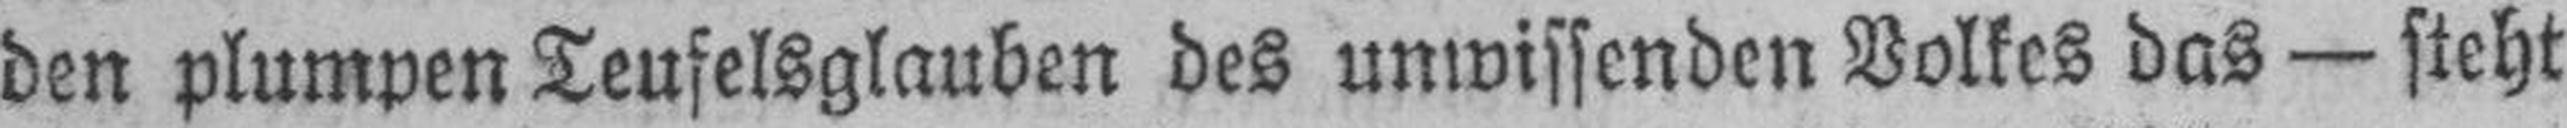
den plumpen Teufelsglauben des unwissenden Volkes das — steht